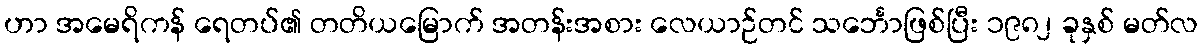
ဟာ အမေရိကန် ရေတပ်၏ တတိယမြောက် အတန်းအစား လေယာဉ်တင် သင်္ဘောဖြစ်ပြီး ၁၉၈၂ ခုနှစ် မတ်လ